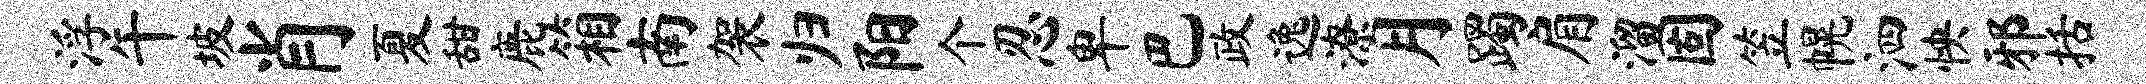
浮午坡肖夏甜鹿箱南袈归阳个忍卑巴政逸潦月躅肩溜固笠幌泗怏邪括